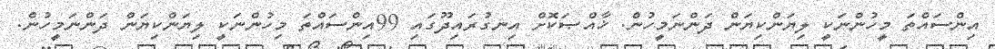
އިންސައްތަ މީހުންނަކީ ލިޔަންކިޔަން ދަންނަމީހުން. ޚާއްޞަކޮށް އިނގުރައިދޫގައި 99އިންސައްތަ މިހުންނަކީ ލިޔަންކިޔަން ދަންނަމީހުން.